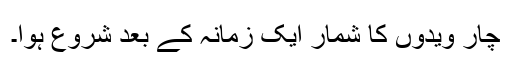
چار ویدوں کا شمار ایک زمانہ کے بعد شروع ہوا۔